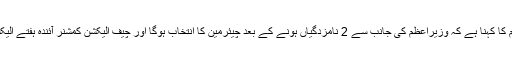
پی سی بی الیکشن کمیشن حکام کا کہنا ہے کہ وزیراعظم کی جانب سے 2 نامزدگیاں ہونے کے بعد چیئرمین کا انتخاب ہوگا اور چیف الیکشن کمشنر آئندہ ہفتے الیکشن شیڈول کااعلان کریں گے۔